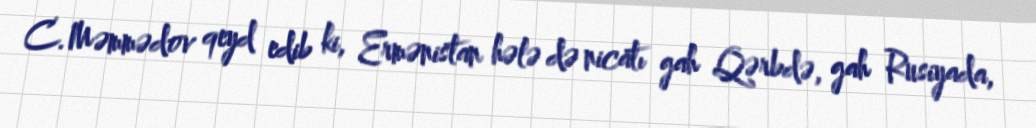
C.Məmmədov qeyd edib ki, Ermənistan hələ də nicatı gah Qərbdə, gah Rusiyada,